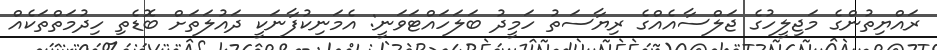
ރައްޔިތުންގެ މަޖިލީހުގެ ޖަލްސާއެެއްގެ ރިޔާސަތު ހަމީދު ބަލަހައްޓަވަނީ: އެމަނިކުފާނަކީ ދައުލަތަށް ބޮޑެތި ހިދުމަތްތަކެއް